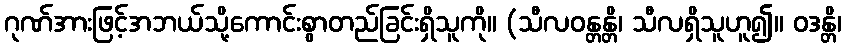
ဂုဏ်အားဖြင့်အဘယ်သို့ကောင်းစွာတည်ခြင်းရှိသူကို။ (သီလဝန္တန္တိ၊ သီလရှိသူဟူ၍။ ဝဒန္တိ၊